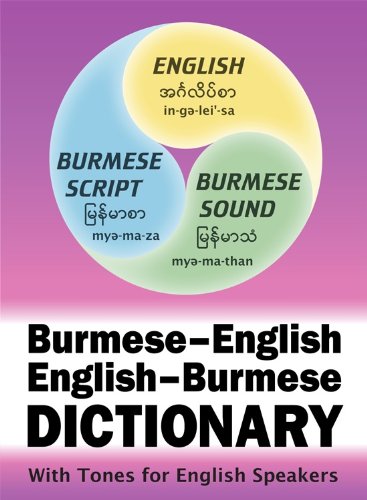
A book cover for Burmese-English English-Burmese Compact Dictionary; Nance Cunningham and Aung Soe Min; Travel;